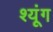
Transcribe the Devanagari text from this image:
श्यूंग